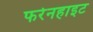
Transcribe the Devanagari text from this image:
फरेनहाइट